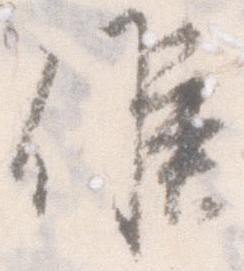
候